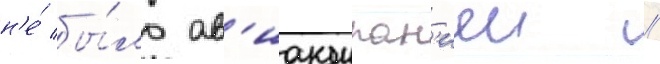
н'е́ бы́ло ав'иакомпан'иеи //